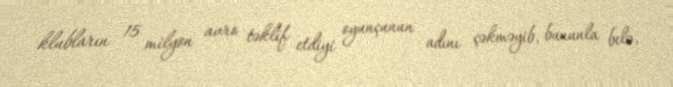
klubların 15 milyon avro təklif etdiyi oyunçunun adını çəkməyib, bununla belə,